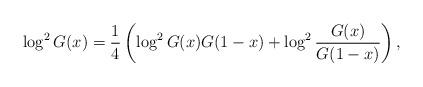
LaTeX: \begin{align*}\log^2 G(x)=\frac14\left(\log^2G(x)G(1-x)+\log^2\frac{G(x)}{G(1-x)}\right),\end{align*}